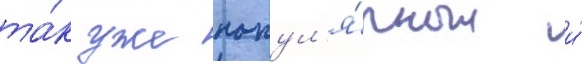
та́к уже попул'я́рных и́